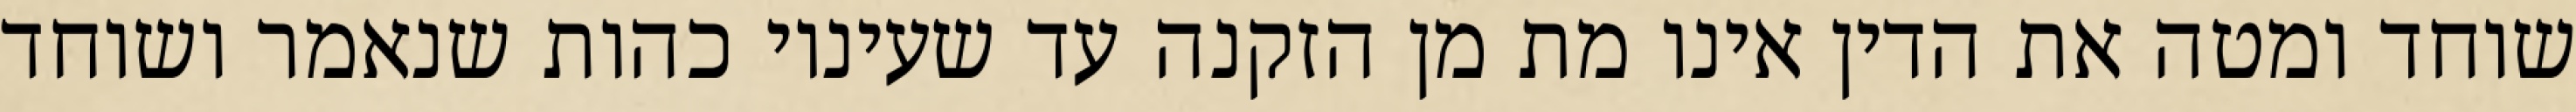
שוחד ומטה את הדין אינו מת מן הזקנה עד שעיניו כהות שנאמר ושוחד